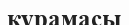
кұрамасы